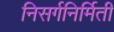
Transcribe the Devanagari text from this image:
निसर्गनिर्मिती